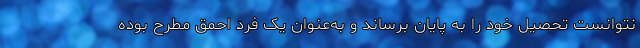
نتوانست تحصیل خود را به پایان برساند و به‌عنوان یک فرد احمق مطرح بوده